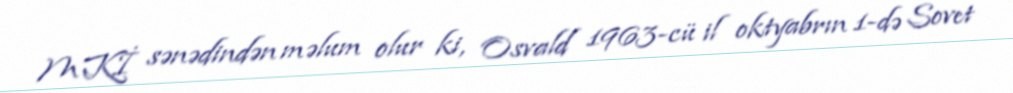
MKİ sənədindən məlum olur ki, Osvald 1963-cü il oktyabrın 1-də Sovet